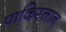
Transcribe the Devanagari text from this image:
पाकिस्त्तान